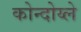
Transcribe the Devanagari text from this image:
कोन्दोय्ले